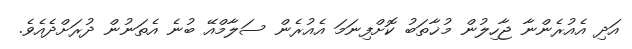
އަދި އެއުރެންނާ ޖާހިލުން މުޚާތަބު ކޮށްފިނަމަ އެއުރެން ސަލާމްއޭ ބުނެ އެތަނުން ދުރަށްދެއެވެ.